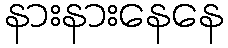
နားနားနေနေ